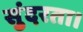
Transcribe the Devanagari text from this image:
सुंदरता।